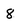
Character: 8